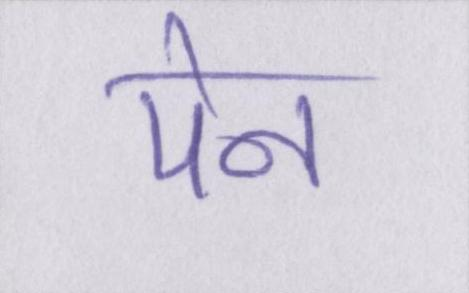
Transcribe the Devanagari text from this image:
पेन